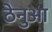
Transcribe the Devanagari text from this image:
ठेनुआ